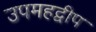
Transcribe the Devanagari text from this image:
उपमहद्वीप